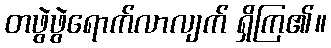
တဖွဲဖွဲရောက်လာလျက် ရှိကြ၏။